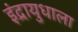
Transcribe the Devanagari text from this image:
इंद्रायुधाला